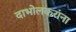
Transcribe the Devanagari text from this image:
दाभोलकरांना